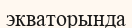
экваторында